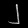
Digit: ၂